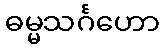
ဓမ္မသင်္ဂဟော